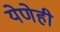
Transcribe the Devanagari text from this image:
येणेही